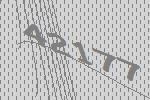
42177